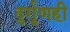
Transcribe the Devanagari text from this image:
दुर्गुणही